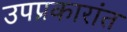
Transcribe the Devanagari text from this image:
उपप्रकारांत